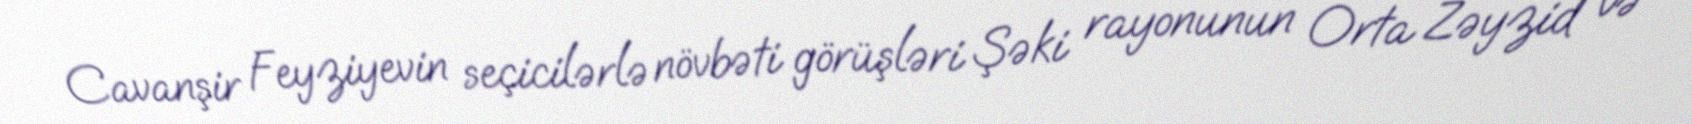
Cavanşir Feyziyevin seçicilərlə növbəti görüşləri Şəki rayonunun Orta Zəyzid və